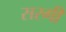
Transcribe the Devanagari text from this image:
सरगी